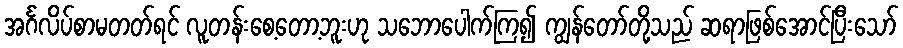
အင်္ဂလိပ်စာမတတ်ရင် လူတန်းစေ့တော့ဘူးဟု သဘောပေါက်ကြ၍ ကျွန်တော်တို့သည် ဆရာဖြစ်အောင်ပြီးသော်